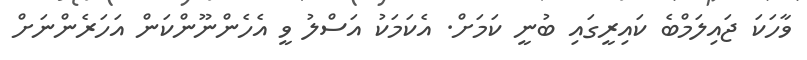
ވާހަކަ ޖައިލަމްބެ ކައިރީގައި ބުނީ ކަމަށް. އެކަމަކު އަސްލު ވީ އެހެންނޫންކަން އަހަރެންނަށް